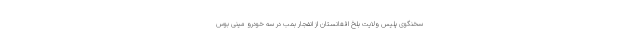
سخنگوی پلیس ولایت بلخ افغانستان از انفجار بمب در سه خودرو مینی بوس